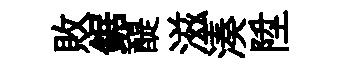
敗鋸醍滋湊陞